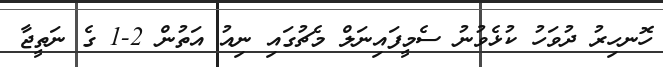
ހޮނހިރު ދުވަހު ކުޅެވުނު ސެމީފައިނަލް މެޗުގައި ނިއު އަތުން 2-1 ގެ ނަތީޖާ